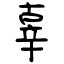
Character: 辜